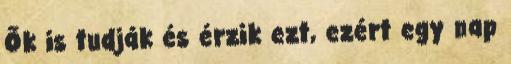
Ők is tudják és érzik ezt, ezért egy nap